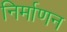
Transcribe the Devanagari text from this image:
निर्माणन